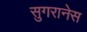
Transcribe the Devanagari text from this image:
सुगरानेस